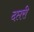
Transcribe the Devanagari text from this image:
दप्तरी